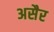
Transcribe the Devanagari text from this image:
असैर